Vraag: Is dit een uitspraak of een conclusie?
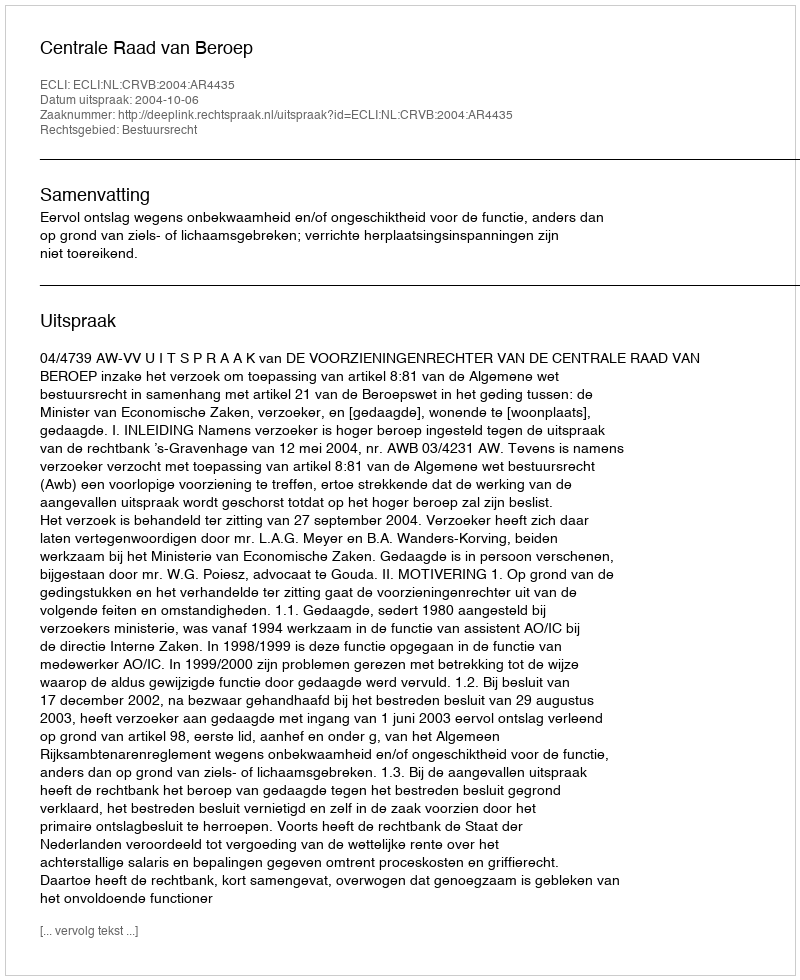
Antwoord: Uitspraak